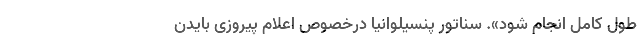
طول کامل انجام شود». سناتور پنسیلوانیا درخصوص اعلام پیروزی بایدن